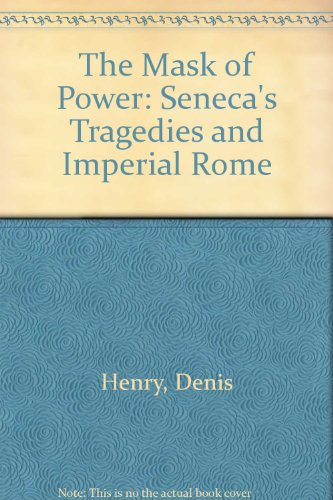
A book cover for The Mask of Power: Seneca's Tragedies and Imperial Rome; Denis Henry; Literature & Fiction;